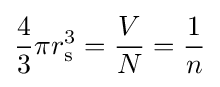
{\frac {4}{3}}\pi r_{\rm {s}}^{3}={\frac {V}{N}}={\frac {1}{n}}